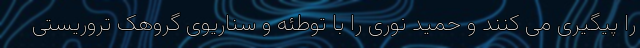
را پیگیری می کنند و حمید نوری را با توطئه و سناریوی گروهک تروریستی